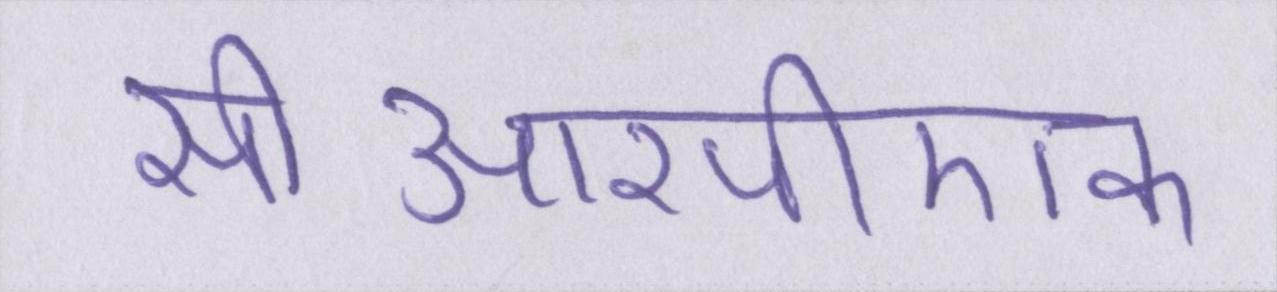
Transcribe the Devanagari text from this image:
सीआरपीएफ